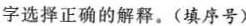
字选择正确的解释。(填序号)